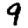
Digit: 9